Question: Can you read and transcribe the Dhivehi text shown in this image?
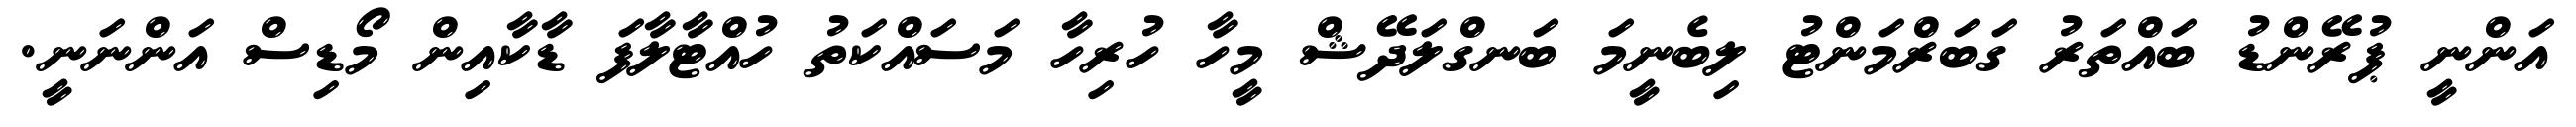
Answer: އަންނީ ޕުރޭންޑު ބައްތަރު ގަބަރްމަންޓު ލިބެނީމަ ބަނގްލަދޭޝް މީހާ ހުރިހާ މަސައްކަތު ހުއްޓާލާފަ ޑާކާއިން މޯޑިސް އަންނަނީ.